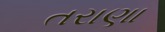
તરાણા